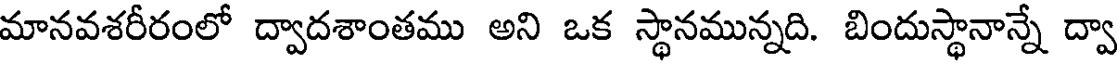
మానవశరీరంలో ద్వాదశాంతము అని ఒక స్థానమున్నది. బిందుస్థానాన్నే ద్వా